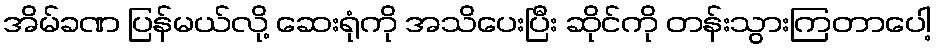
အိမ်ခဏ ပြန်မယ်လို့ ဆေးရုံကို အသိပေးပြီး ဆိုင်ကို တန်းသွားကြတာပေါ့